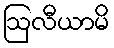
ဩလီယာမိ